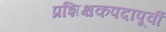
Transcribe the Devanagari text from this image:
प्रशिक्षकपदापूर्वी